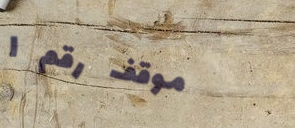
موقف رقم ١